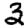
Digit: 3